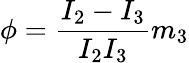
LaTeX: \phi=\frac{I_{2}-I_{3}}{I_{2}I_{3}}m_{3}